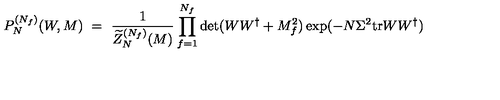
P _ { N } ^ { ( N _ { f } ) } ( W , M ) \ = \ \frac { 1 } { \widetilde { Z } _ { N } ^ { ( N _ { f } ) } ( M ) } \prod _ { f = 1 } ^ { N _ { f } } \det ( W W ^ { \dagger } + M _ { f } ^ { 2 } ) \exp ( - N \Sigma ^ { 2 } { \mathrm { t r } } W W ^ { \dagger } )